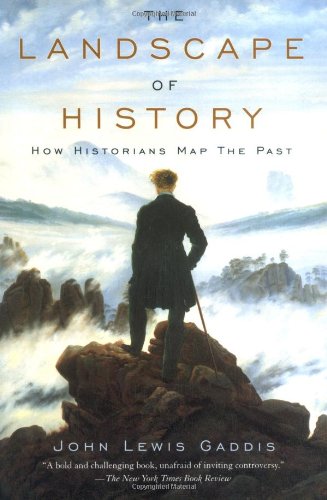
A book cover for The Landscape of History: How Historians Map the Past; John Lewis Gaddis; History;